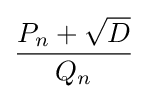
{\frac {P_{n}+{\sqrt {D}}}{Q_{n}}}